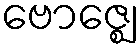
ဗောဇ္ဈေ